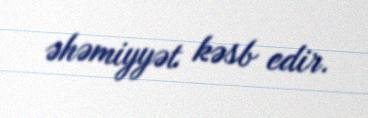
əhəmiyyət kəsb edir.